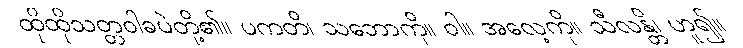
ထိုထိုသတ္တဝါခပဲတို့၏။ ပကတိ၊ သဘောကို။ ဝါ။ အလေ့ကို။ သီလန္တိ၊ ဟူ၍။